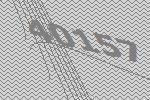
40157